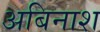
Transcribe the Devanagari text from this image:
अबिनाश